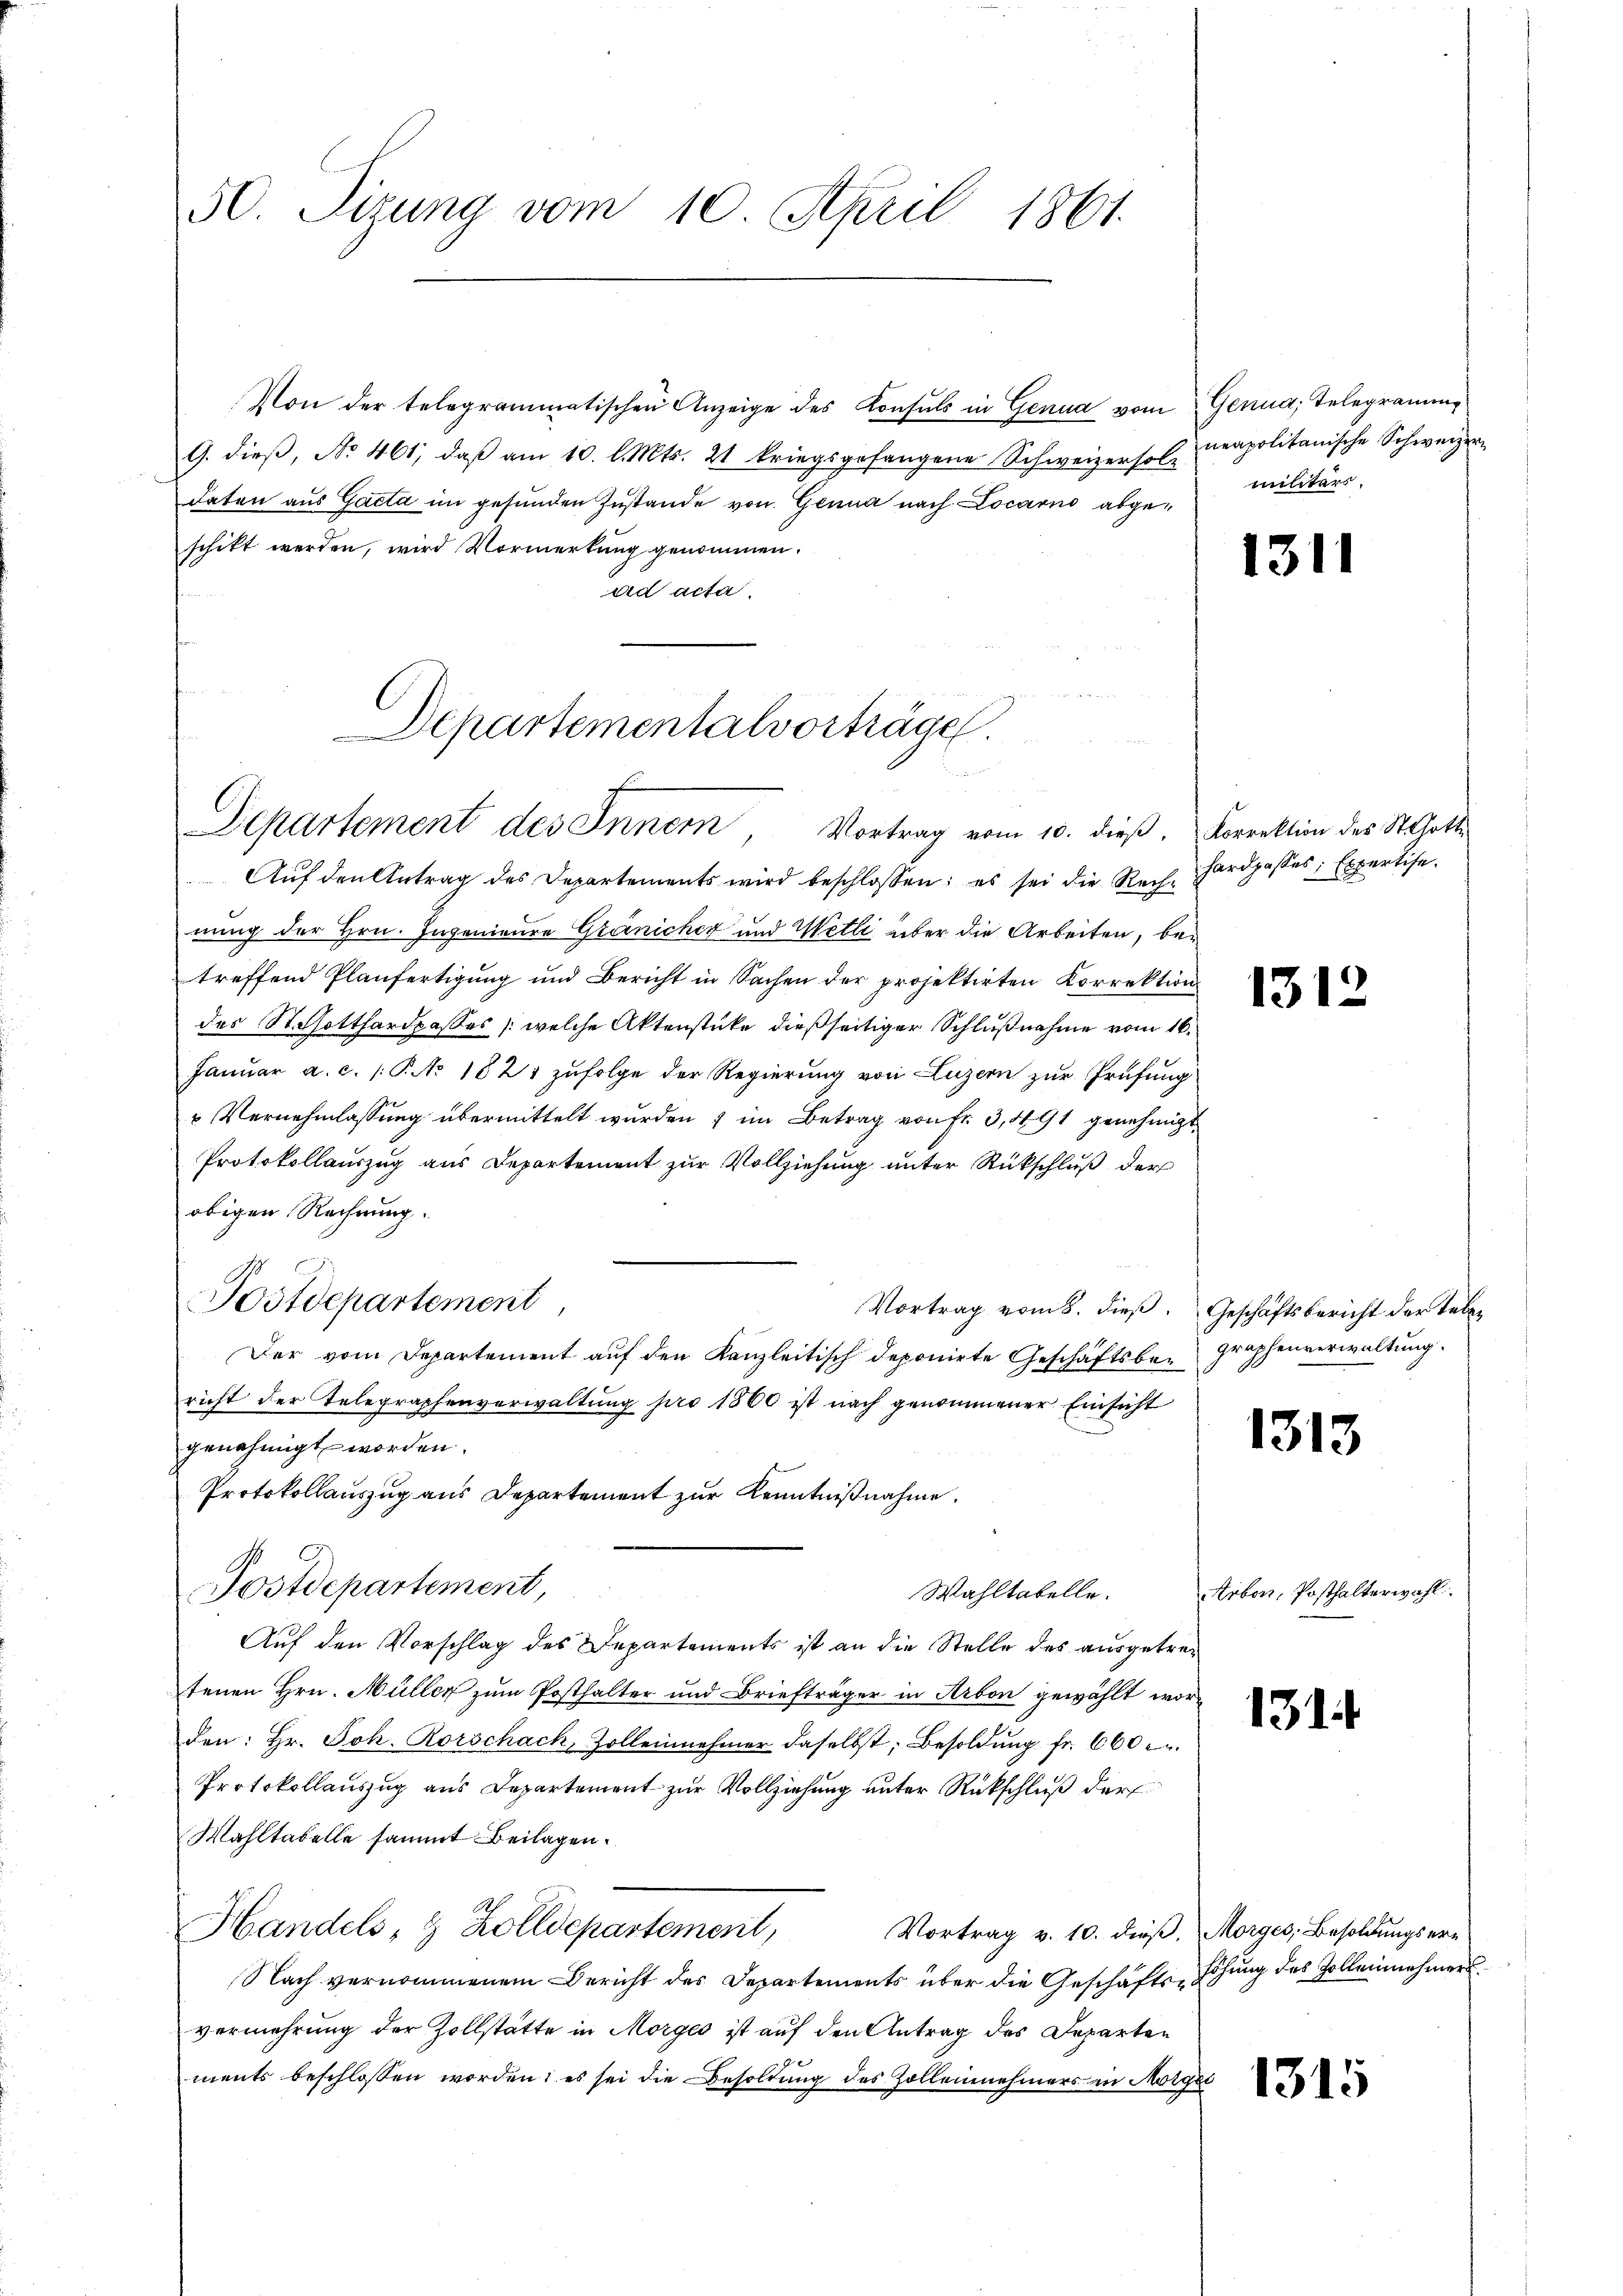
50. Sizung vom 10. April 1861.

Von der telegrammatischen Anzeige des Konsuls in Genua vom Genua, Telegramme
G. dieβ, No 461, daβ am 10. l. Mts. 21 kriegsgefangene Schweizerholz
daten aus Gacta im gesunden Zustande von Genua nach Locarno abgeschikt werden, wird Vormerkung genommen.
ad acta,

Departementalvorträge
Departement des Innern, Vortrag vom 10. dieβ. Korrektion des St. Gott

Aŭf den Antrag des Departements wird beschlossen: es sei die Rech-ardpasses Expertise.
nung der Hrn. Ingenieure Gränicher und Wetli aber die Arbeiten, betreffend Planfertigung und Bericht in Sachen der projektirten Korrektion
des St. Gotthardpasses /: welche Aktenstücke dießseitiger Schlußnahme vom 16.
Januar a. c. (T. No 1821 zufolge der Regierung von Luzern zur Prüfung
u Vernehmlassung übermittelt wurden & im Betrag von Fr. 3, 491 genehmigt
Protokollauszug aus Departement zur Vollziehung unter Rückschluß der
obigen Rechnung.
Fostdepartement,
Vortrag vom 8. dieß. Geschäftsbericht der Leben
Der vom Departement auf den Kanzleitisch deponirte Geschäftsbericht der Telegraphenverwaltung pro 1860 ist nach genommener Einsicht
genehmigt worden.
Protokollauszug aus Departement zur Kenntnißnahme.
Postdepartement,
Wahltabelle.
Auf den Vorschlag des Departements ist an die Stelle des ausgetrefenen Hrn. Müller zum Posthalter und Briefträger in Arbon gewählt worden: Hr. Joh. Rorschach, Zollenehmer daselbst, Besoldung fr. 660 c.
Protokollauszug aus Departement zur Vollziehung unter Rückschluß der
Wahltabelle sammt Beilagen.
Handels, 8 Zolldepartement, Vortrag v. 10. dieβ. Morges. Besoldŭngsern
Nach vernommenem Bericht des Departements über die Geschäfts-Höhung des Zolleinehmersvermehrung der Zollstätte in Morges ist auf den Antrag des Departen
ments beschlossen worden; es sei die Besoldung des Zollennehmers in Morge

neapolitanische Schweizern
militärs.

1311

131

graphenverwaltung.

1313

Arbon, Posthalterwahl.

131

1315